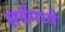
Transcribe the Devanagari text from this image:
सर्वमध्ये